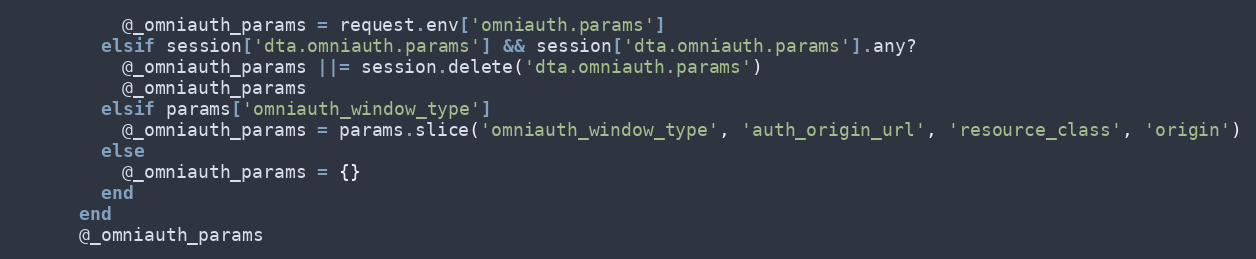
Language: Ruby
          @_omniauth_params = request.env['omniauth.params']
        elsif session['dta.omniauth.params'] && session['dta.omniauth.params'].any?
          @_omniauth_params ||= session.delete('dta.omniauth.params')
          @_omniauth_params
        elsif params['omniauth_window_type']
          @_omniauth_params = params.slice('omniauth_window_type', 'auth_origin_url', 'resource_class', 'origin')
        else
          @_omniauth_params = {}
        end
      end
      @_omniauth_params